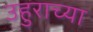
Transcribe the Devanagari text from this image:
उहुराच्या